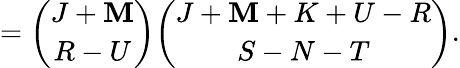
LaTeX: ={\binom{J+\mathbf{M}}{R-U}}{\binom{J+\mathbf{M}+K+U-R}{S-N-T}}.